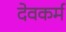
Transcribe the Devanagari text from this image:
देवकर्म